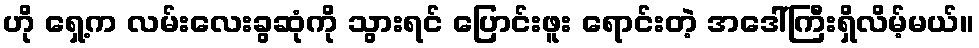
ဟို ရှေ့က လမ်းလေးခွဆုံကို သွားရင် ပြောင်းဖူး ရောင်းတဲ့ အဒေါ်ကြီးရှိလိမ့်မယ်။